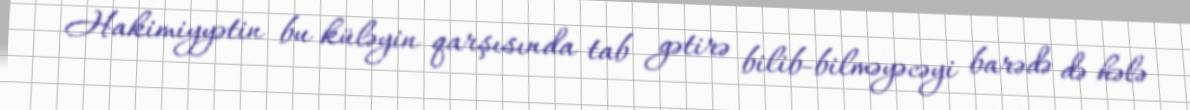
Hakimiyyətin bu küləyin qarşısında tab gətirə bilib-bilməyəcəyi barədə də hələ